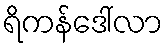
ရိကန်ဒေါ်လာ